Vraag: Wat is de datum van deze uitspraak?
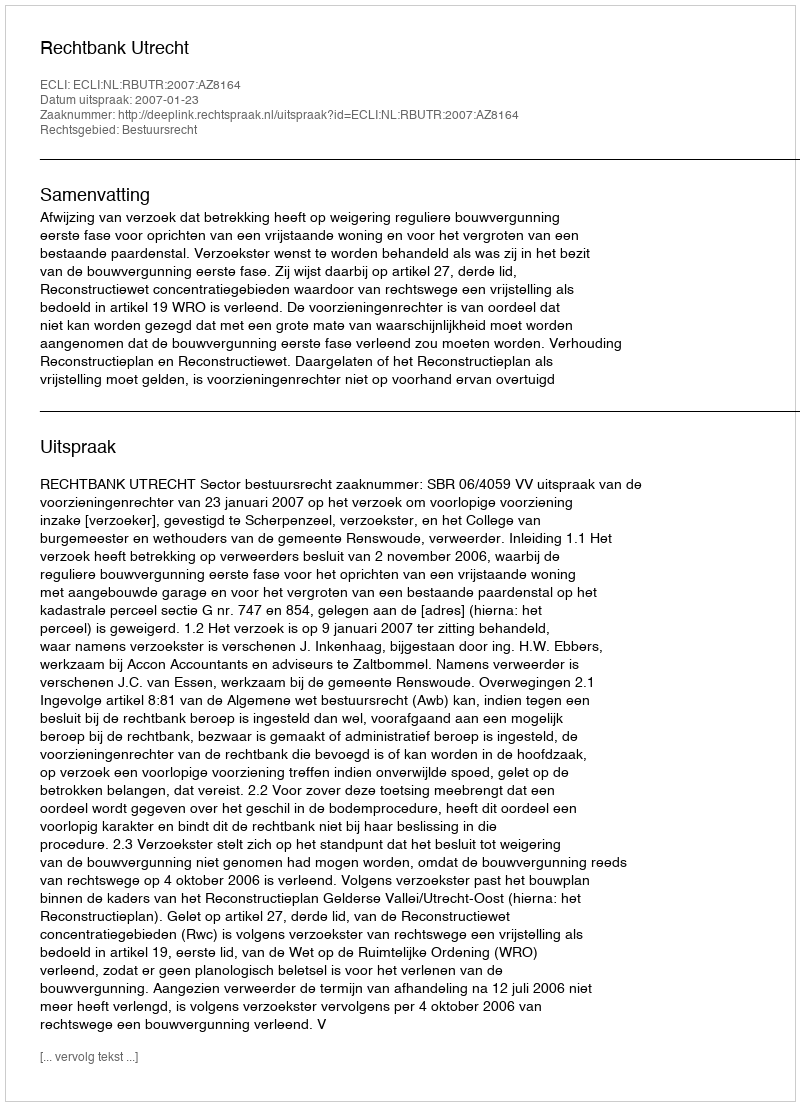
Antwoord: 2007-01-23